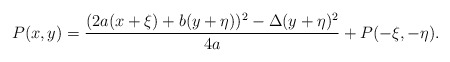
\begin{align*} P(x,y) = \frac{(2a(x+\xi) + b(y+\eta))^{2} - \Delta (y+\eta)^{2}}{4a} + P(-\xi,-\eta).\end{align*}